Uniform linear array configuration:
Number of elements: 4
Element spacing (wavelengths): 0.25
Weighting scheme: exponential
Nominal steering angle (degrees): -15
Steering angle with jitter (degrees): -15.643
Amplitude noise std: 0.05
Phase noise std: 0.05

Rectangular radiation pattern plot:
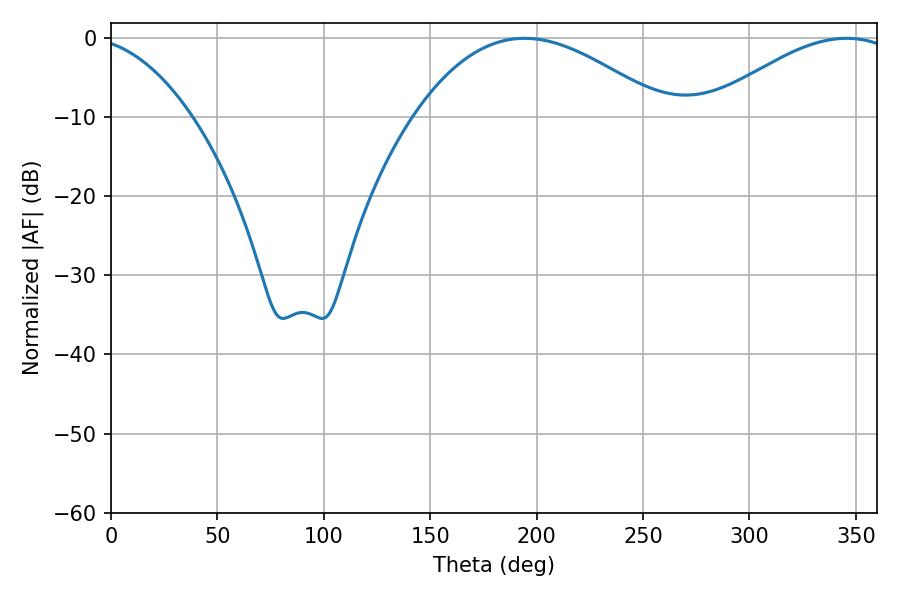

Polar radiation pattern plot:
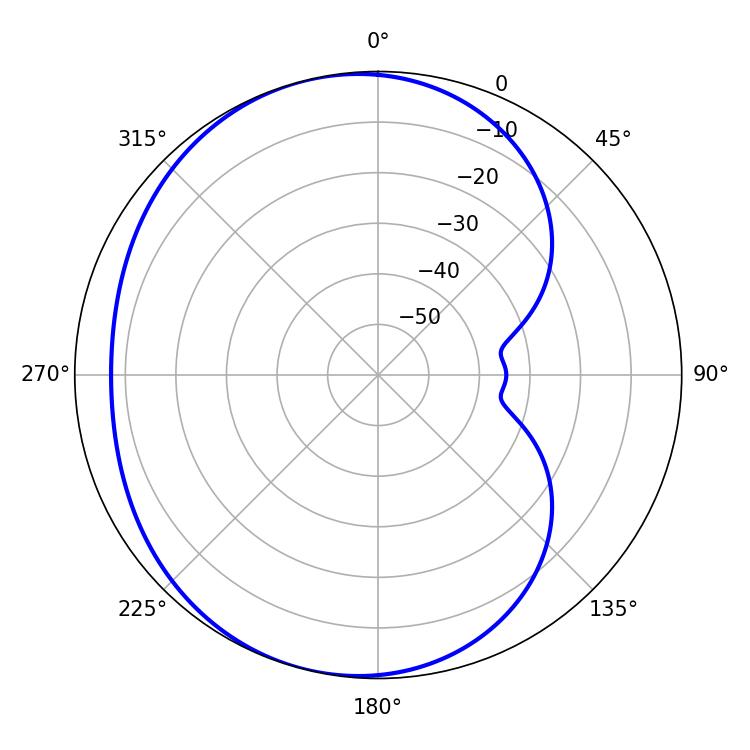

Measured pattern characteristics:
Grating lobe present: FALSE
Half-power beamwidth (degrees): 64.62
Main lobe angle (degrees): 194.4